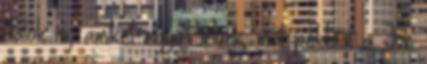
dalok is, amiket együtt írtunk, mint például a Jön